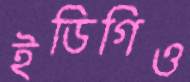
ইডিগিও